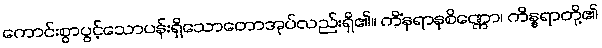
ကောင်းစွာပွင့်သောပန်းရှိသောတောအုပ်လည်းရှိ၏။ ကိံနရာနုစိဏ္ဏော၊ ကိန္နရာတို့၏